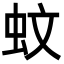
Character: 蚊